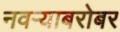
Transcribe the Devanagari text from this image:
नवऱ्याबरोबर